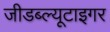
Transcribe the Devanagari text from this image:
जीडब्ल्यूटाइगर